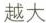
越大